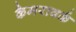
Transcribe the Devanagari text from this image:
कैमरावर्क